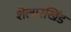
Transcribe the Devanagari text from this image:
शेलारखिंड